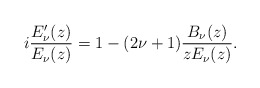
\begin{align*}i\frac{E_\nu'(z)}{E_\nu(z)}=1 - (2\nu+1)\frac{B_\nu(z)}{zE_\nu(z)}.\end{align*}